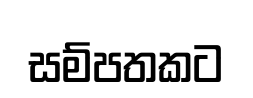
සම්පතකට